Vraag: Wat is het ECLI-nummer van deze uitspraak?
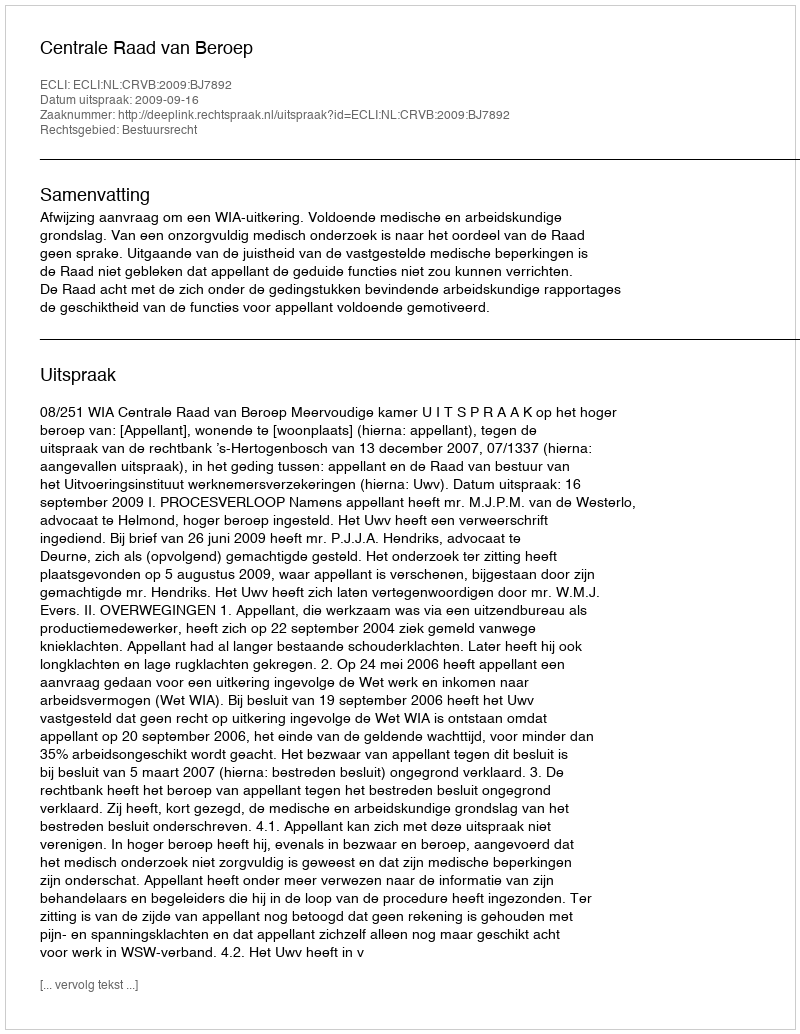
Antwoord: ECLI:NL:CRVB:2009:BJ7892